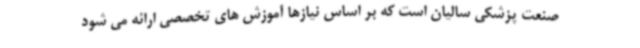
صنعت پزشکی سالیان است که بر اساس نیازها آموزش های تخصصی ارائه می شود